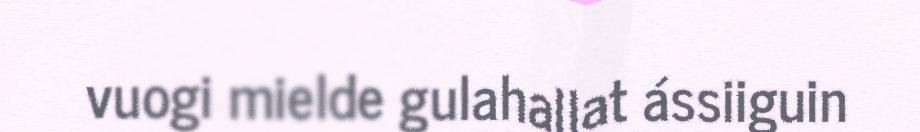
vuogi mielde gulahallat ássiiguin